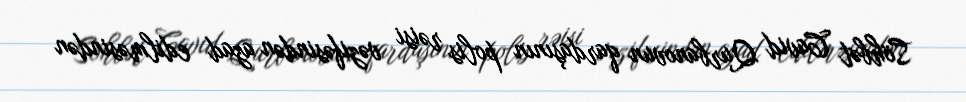
Söhbət Cavid Qurbanovun qardaşının polis rəisi vəzifəsindən azad edilməsindən